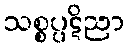
သစ္စပ္ပဋိညာ